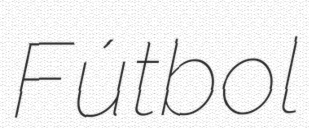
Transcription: Fútbol